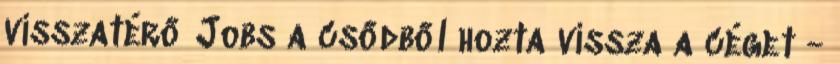
visszatérő Jobs a csődből hozta vissza a céget -